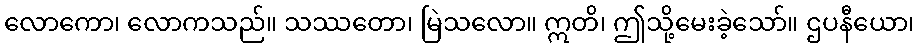
လောကော၊ လောကသည်။ သဿတော၊ မြဲသလော။ ဣတိ၊ ဤသို့မေးခဲ့သော်။ ဌပနီယော၊